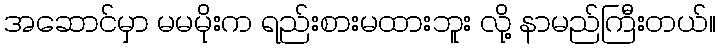
အဆောင်မှာ မမမိုးက ရည်းစားမထားဘူး လို့ နာမည်ကြီးတယ်။